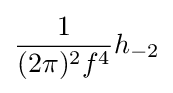
{\frac {1}{(2\pi )^{2}f^{4}}}h_{-2}